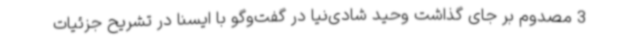
3 مصدوم بر جای گذاشت وحید شادی‌نیا در گفت‌وگو با ایسنا در تشریح جزئیات